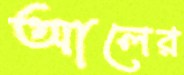
আলের